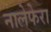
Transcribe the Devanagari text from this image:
नालेफेरा